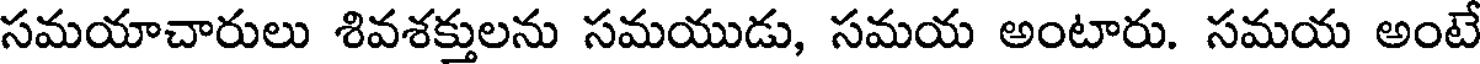
సమయాచారులు శివశక్తులను సమయుడు, సమయ అంటారు. సమయ అంటే